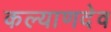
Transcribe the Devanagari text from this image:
कल्याणदेव